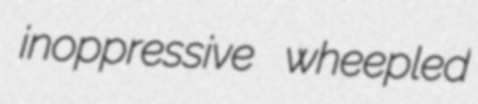
inoppressive wheepled